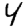
Digit: 4